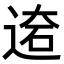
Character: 𨔙